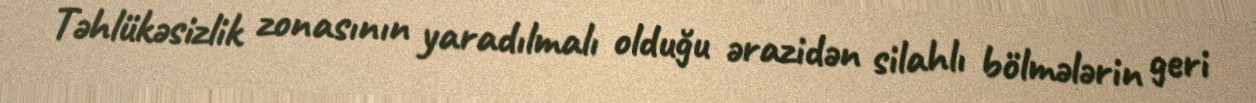
Təhlükəsizlik zonasının yaradılmalı olduğu ərazidən silahlı bölmələrin geri